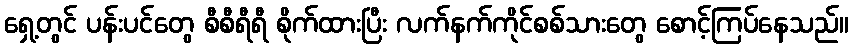
ရှေ့တွင် ပန်းပင်တွေ စီစီရီရီ စိုက်ထားပြီး လက်နက်ကိုင်စစ်သားတွေ စောင့်ကြပ်နေသည်။